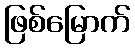
ဖြစ်မြောက်